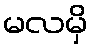
မလမှိ